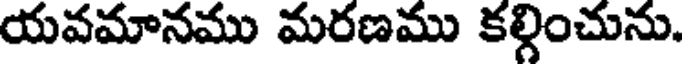
యవమానము మరణము కల్గించును.